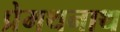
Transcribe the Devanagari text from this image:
प्रेमथनाथ